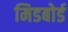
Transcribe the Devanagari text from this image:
मिडबोर्ड